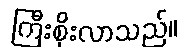
ကြီးစိုးလာသည်။